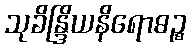
သုခိန္ဒြိယနိရောဓဉ္စ